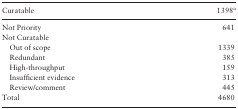
<table><thead><tr><td><b>Curatable</b></td><td><b>1398<sup>a</sup></b></td></tr></thead><tbody><tr><td>Not Priority</td><td>641</td></tr><tr><td>Not Curatable</td></tr><tr><td> Out of scope</td><td>1339</td></tr><tr><td> Redundant</td><td>385</td></tr><tr><td> High-throughput</td><td>159</td></tr><tr><td> Insufficient evidence</td><td>313</td></tr><tr><td> Review/comment</td><td>445</td></tr><tr><td>Total</td><td>4680</td></tr></tbody></table>